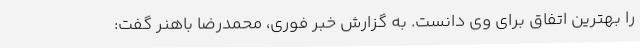
را بهترین اتفاق برای وی دانست. به گزارش خبر فوری، محمدرضا باهنر گفت: